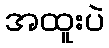
အထူးပဲ